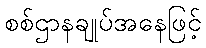
စစ်ဌာနချုပ်အနေဖြင့်